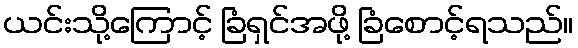
ယင်းသို့ကြောင့် ခြံရှင်အဖို့ ခြံစောင့်ရသည်။